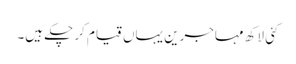
کئی لاکھ مہاجرین یہاں قیام کر چکے ہیں۔